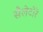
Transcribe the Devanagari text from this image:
सैलेटोरे